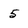
Character: 5